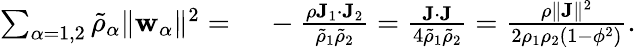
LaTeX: \begin{array}{rl}{\sum_{\alpha=1,2}\tilde{\rho}_{\alpha}\| \mathbf{w}_{\alpha}\| ^{2}=}&{{}~-\frac{\rho\mathbf{J}_{1}\cdot\mathbf{J}_{2}}{\tilde{\rho}_{1}\tilde{\rho}_{2}}=\frac{\mathbf{J}\cdot\mathbf{J}}{4\tilde{\rho}_{1}\tilde{\rho}_{2}}=\frac{\rho\| \mathbf{J}\| ^{2}}{2\rho_{1}\rho_{2}(1-\phi^{2})}.}\end{array}